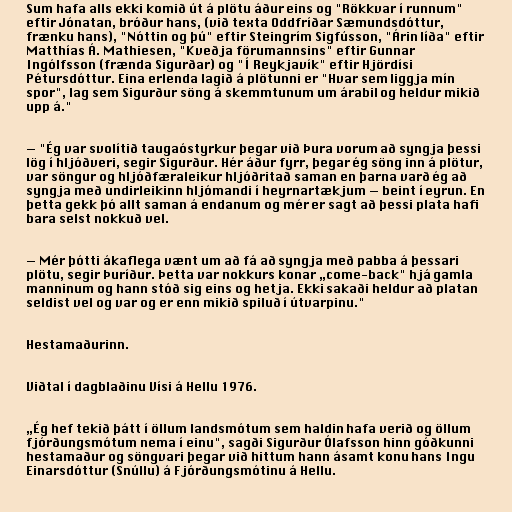
Sum hafa alls ekki komið út á plötu áður eins og "Rökkvar í runnum"
eftir Jónatan, bróður hans, (við texta Oddfríðar Sæmundsdóttur,
frænku hans), "Nóttin og þú" eftir Steingrím Sigfússon, "Árin líða" eftir
Matthías Á. Mathiesen, "Kveðja förumannsins" eftir Gunnar
Ingólfsson (frænda Sigurðar) og "Í Reykjavík" eftir Hjördísi
Pétursdóttur. Eina erlenda lagið á plötunni er "Hvar sem liggja mín
spor", lag sem Sigurður söng á skemmtunum um árabil og heldur mikið
upp á."

— "Ég var svolítið taugaóstyrkur þegar við Þura vorum að syngja þessi
lög í hljóðveri, segir Sigurður. Hér áður fyrr, þegar ég söng inn á plötur,
var söngur og hljóðfæraleikur hljóðritað saman en þarna varð ég að
syngja með undirleikinn hljómandi í heyrnartækjum — beint í eyrun. En
þetta gekk þó allt saman á endanum og mér er sagt að þessi plata hafi
bara selst nokkuð vel.

— Mér þótti ákaflega vænt um að fá að syngja með pabba á þessari
plötu, segir Þuríður. Þetta var nokkurs konar „come-back" hjá gamla
manninum og hann stóð sig eins og hetja. Ekki sakaði heldur að platan
seldist vel og var og er enn mikið spiluð í útvarpinu."

Hestamaðurinn.

Viðtal í dagblaðinu Vísi á Hellu 1976.

„Ég hef tekið þátt í öllum landsmótum sem haldin hafa verið og öllum
fjórðungsmótum nema í einu", sagði Sigurður Ólafsson hinn góðkunni
hestamaður og söngvari þegar við hittum hann ásamt konu hans Ingu
Einarsdóttur (Snúllu) á Fjórðungsmótinu á Hellu.